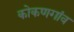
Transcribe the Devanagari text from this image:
कोकणगांव